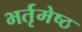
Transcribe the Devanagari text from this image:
भर्तृमेष्ठ